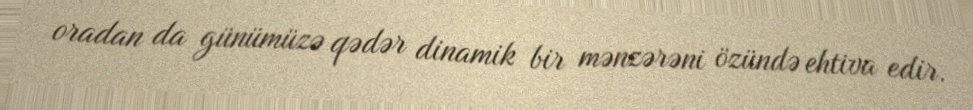
oradan da günümüzə qədər dinamik bir mənzərəni özündə ehtiva edir.